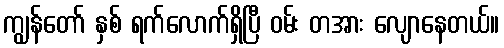
ကျွန်တော် နှစ် ရက်လောက်ရှိပြီ ဝမ်း တအား လျောနေတယ်။